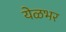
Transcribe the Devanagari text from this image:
येळभर